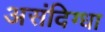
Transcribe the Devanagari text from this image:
असंदिग्धा